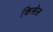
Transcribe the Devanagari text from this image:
किसेल